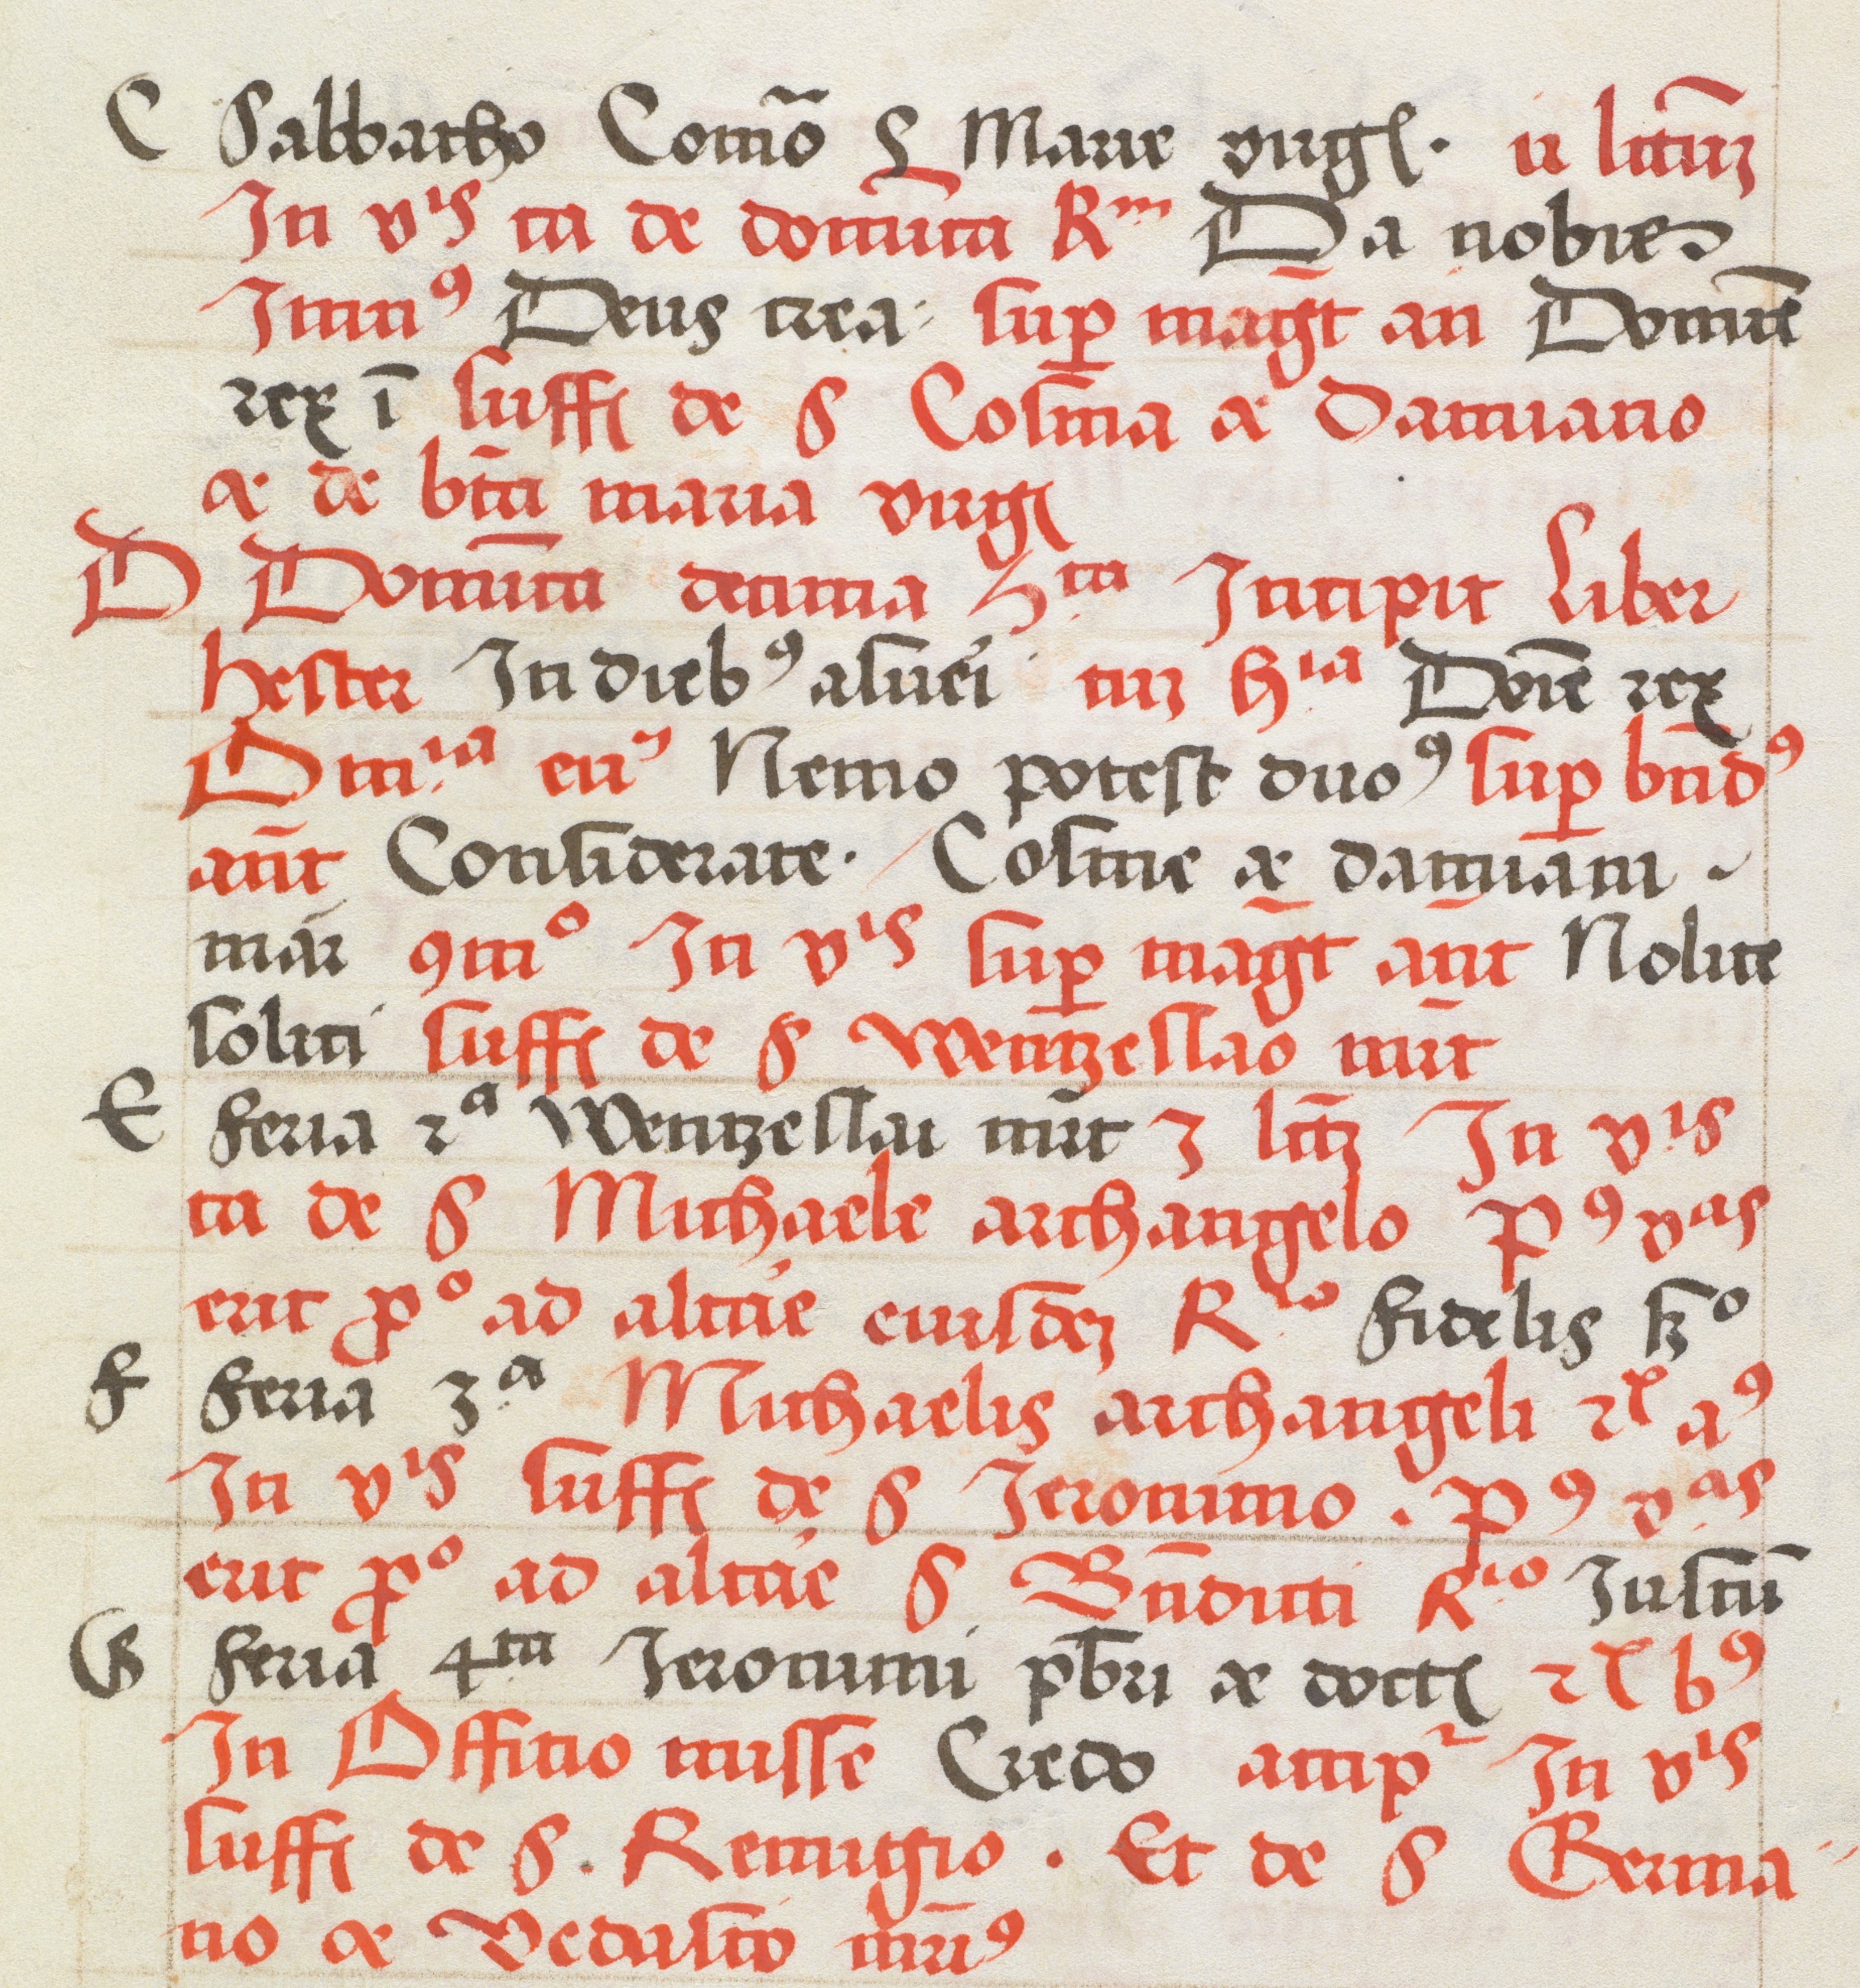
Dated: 1505–1535